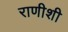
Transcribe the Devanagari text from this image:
राणीशी